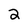
Character: 2